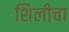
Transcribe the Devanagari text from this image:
शिलीचा